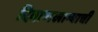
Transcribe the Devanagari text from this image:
दिवाणखान्याची